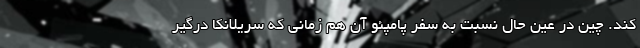
کند. چین در عین حال نسبت به سفر پامپئو آن هم زمانی که سریلانکا درگیر